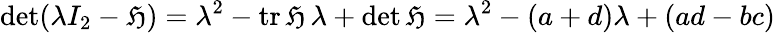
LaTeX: \operatorname*{det}(\lambda I_{2}-{\mathfrak{H}})=\lambda^{2}-\operatorname{tr}{\mathfrak{H}}\, \lambda+\operatorname*{det}{\mathfrak{H}}=\lambda^{2}-(a+d)\lambda+(ad-bc)